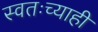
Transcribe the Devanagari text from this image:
स्वतःच्याही